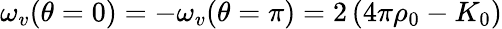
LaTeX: \omega_{v}(\theta=0)=-\omega_{v}(\theta=\pi)=2\left(4\pi\rho_{0}-K_{0}\right)